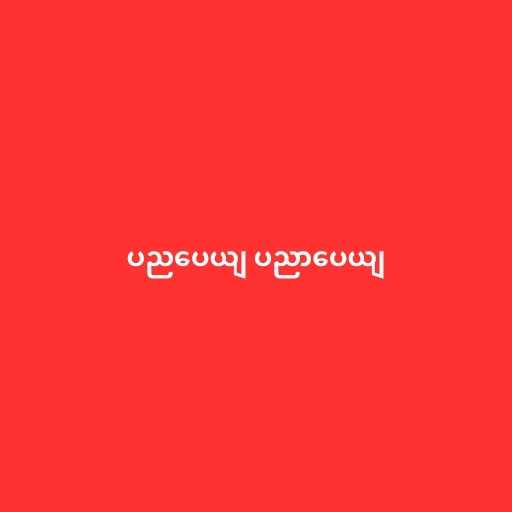
ပညပေယျ ပညာပေယျ